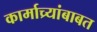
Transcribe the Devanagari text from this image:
कार्माच्र्यांबाबत